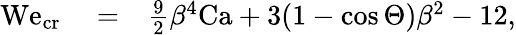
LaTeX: \begin{array}{rlr}{\mathrm{We}_{\mathrm{cr}}}&{{}=}&{\frac{9}{2}\beta^{4}\mathrm{Ca}+3(1-\cos{\Theta})\beta^{2}-12,}\end{array}